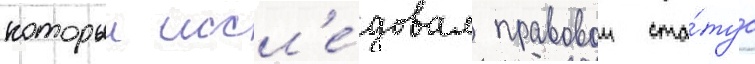
которыи иссл'е́довал правовои ста́тус